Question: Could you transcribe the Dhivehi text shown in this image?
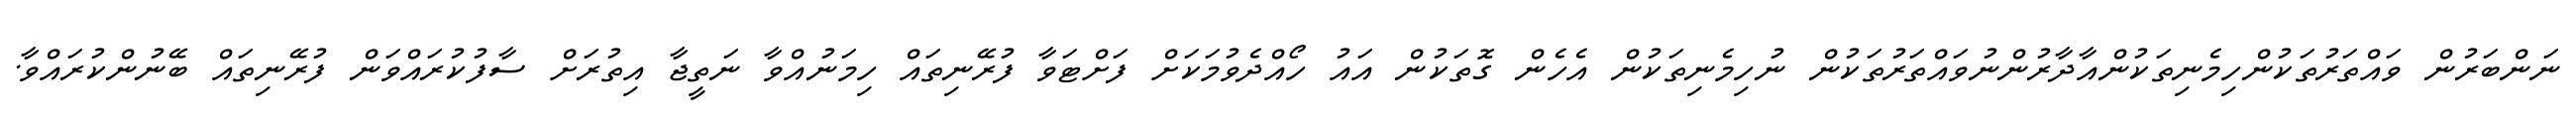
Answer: ނަންބަރުން ވައްތަރުތަކުންހިމެނިތަކުންއާދާރުންނުވައްތަރުތަކުން ނުހިމެނިތަކުން އެހެން ގޮތަކުން އައު ހޯއްދެވުމަކަށް ފަށްޓަވާ ފުރޭނިތައް ހިމަނުއްވާ ނަތީޖާ އިތުރަށް ސާފުކުރައްވަން ފުރޭނިތައް ބޭނުންކުރައްވާ.